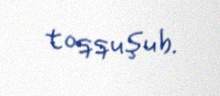
toqquşub.